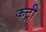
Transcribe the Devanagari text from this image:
कट्री